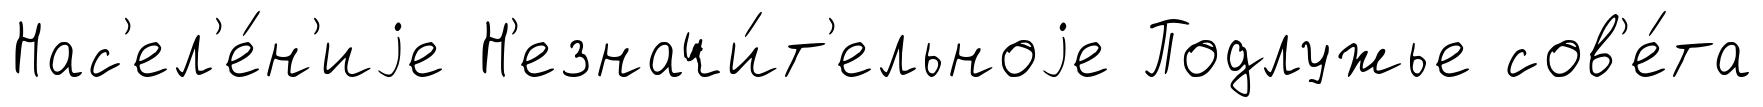
Нас'ел'е́н'иjе Н'езначи́т'ельноjе Подлужье сов'е́та